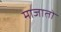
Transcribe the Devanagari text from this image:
माजातो